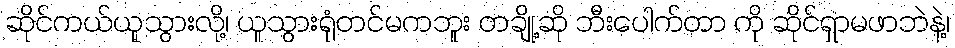
ဆိုင်ကယ်ယူသွားလို့၊ ယူသွားရုံတင်မကဘူး တချို့ဆို ဘီးပေါက်တာ ကို ဆိုင်ရှာမဖာဘဲနဲ့၊